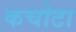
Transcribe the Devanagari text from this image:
कचोटा